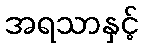
အရသာနှင့်